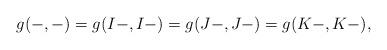
LaTeX: \begin{align*} g(-,-) = g(I-,I-) = g(J-, J-) = g(K-,K-), \end{align*}